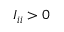
I _ { i i } > 0